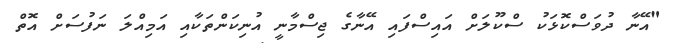
"އޭނާ ދުވަސްކޮޅަކު ސްކޫލަށް އައިސްފައި އޭނާގެ ޖިސްމާނީ އުނިކަންތަކާއި އަމިއްލަ ނަފުސަށް އޮތް